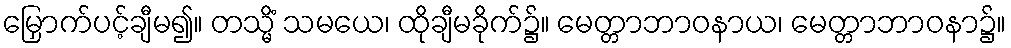
မြှောက်ပင့်ချီမ၍။ တသ္မိံ သမယေ၊ ထိုချီမခိုက်၌။ မေတ္တာဘာဝနာယ၊ မေတ္တာဘာဝနာ၌။